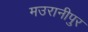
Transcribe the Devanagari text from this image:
मउरानीपुर